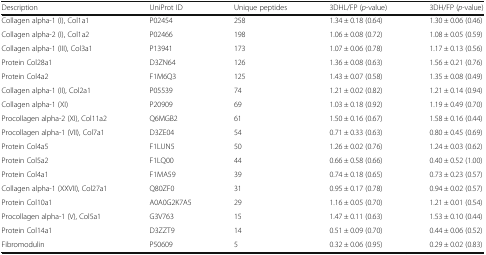
<table><thead><tr><td><b>Description</b></td><td><b>UniProt ID</b></td><td><b>Unique peptides</b></td><td><b>3DHL/FP (<i>p</i>-value)</b></td><td><b>3DH/FP (<i>p</i>-value)</b></td></tr></thead><tbody><tr><td>Collagen alpha-1 (I), Col1a1</td><td>P02454</td><td>258</td><td>1.34 ± 0.18 (0.64)</td><td>1.30 ± 0.06 (0.46)</td></tr><tr><td>Collagen alpha-2 (I), Col1a2</td><td>P02466</td><td>198</td><td>1.06 ± 0.08 (0.72)</td><td>1.08 ± 0.05 (0.59)</td></tr><tr><td>Collagen alpha-1 (III), Col3a1</td><td>P13941</td><td>173</td><td>1.07 ± 0.06 (0.78)</td><td>1.17 ± 0.13 (0.56)</td></tr><tr><td>Protein Col28a1</td><td>D3ZN64</td><td>126</td><td>1.36 ± 0.08 (0.63)</td><td>1.56 ± 0.21 (0.76)</td></tr><tr><td>Protein Col4a2</td><td>F1M6Q3</td><td>125</td><td>1.43 ± 0.07 (0.58)</td><td>1.35 ± 0.08 (0.49)</td></tr><tr><td>Collagen alpha-1 (II), Col2a1</td><td>P05539</td><td>74</td><td>1.21 ± 0.02 (0.82)</td><td>1.21 ± 0.14 (0.94)</td></tr><tr><td>Collagen alpha-1 (XI)</td><td>P20909</td><td>69</td><td>1.03 ± 0.18 (0.92)</td><td>1.19 ± 0.49 (0.70)</td></tr><tr><td>Procollagen alpha-2 (XI), Col11a2</td><td>Q6MGB2</td><td>61</td><td>1.50 ± 0.16 (0.67)</td><td>1.58 ± 0.16 (0.44)</td></tr><tr><td>Procollagen alpha-1 (VII), Col7a1</td><td>D3ZE04</td><td>54</td><td>0.71 ± 0.33 (0.63)</td><td>0.80 ± 0.45 (0.69)</td></tr><tr><td>Protein Col4a5</td><td>F1LUN5</td><td>50</td><td>1.26 ± 0.02 (0.76)</td><td>1.24 ± 0.03 (0.62)</td></tr><tr><td>Protein Col5a2</td><td>F1LQ00</td><td>44</td><td>0.66 ± 0.58 (0.66)</td><td>0.40 ± 0.52 (1.00)</td></tr><tr><td>Protein Col4a1</td><td>F1MA59</td><td>39</td><td>0.74 ± 0.18 (0.65)</td><td>0.73 ± 0.23 (0.57)</td></tr><tr><td>Collagen alpha-1 (XXVII), Col27a1</td><td>Q80ZF0</td><td>31</td><td>0.95 ± 0.17 (0.78)</td><td>0.94 ± 0.02 (0.57)</td></tr><tr><td>Protein Col10a1</td><td>A0A0G2K7A5</td><td>29</td><td>1.16 ± 0.05 (0.70)</td><td>1.21 ± 0.01 (0.54)</td></tr><tr><td>Procollagen alpha-1 (V), Col5a1</td><td>G3V763</td><td>15</td><td>1.47 ± 0.11 (0.63)</td><td>1.53 ± 0.10 (0.44)</td></tr><tr><td>Protein Col14a1</td><td>D3ZZT9</td><td>14</td><td>0.51 ± 0.09 (0.70)</td><td>0.44 ± 0.06 (0.52)</td></tr><tr><td>Fibromodulin</td><td>P50609</td><td>5</td><td>0.32 ± 0.06 (0.95)</td><td>0.29 ± 0.02 (0.83)</td></tr></tbody></table>